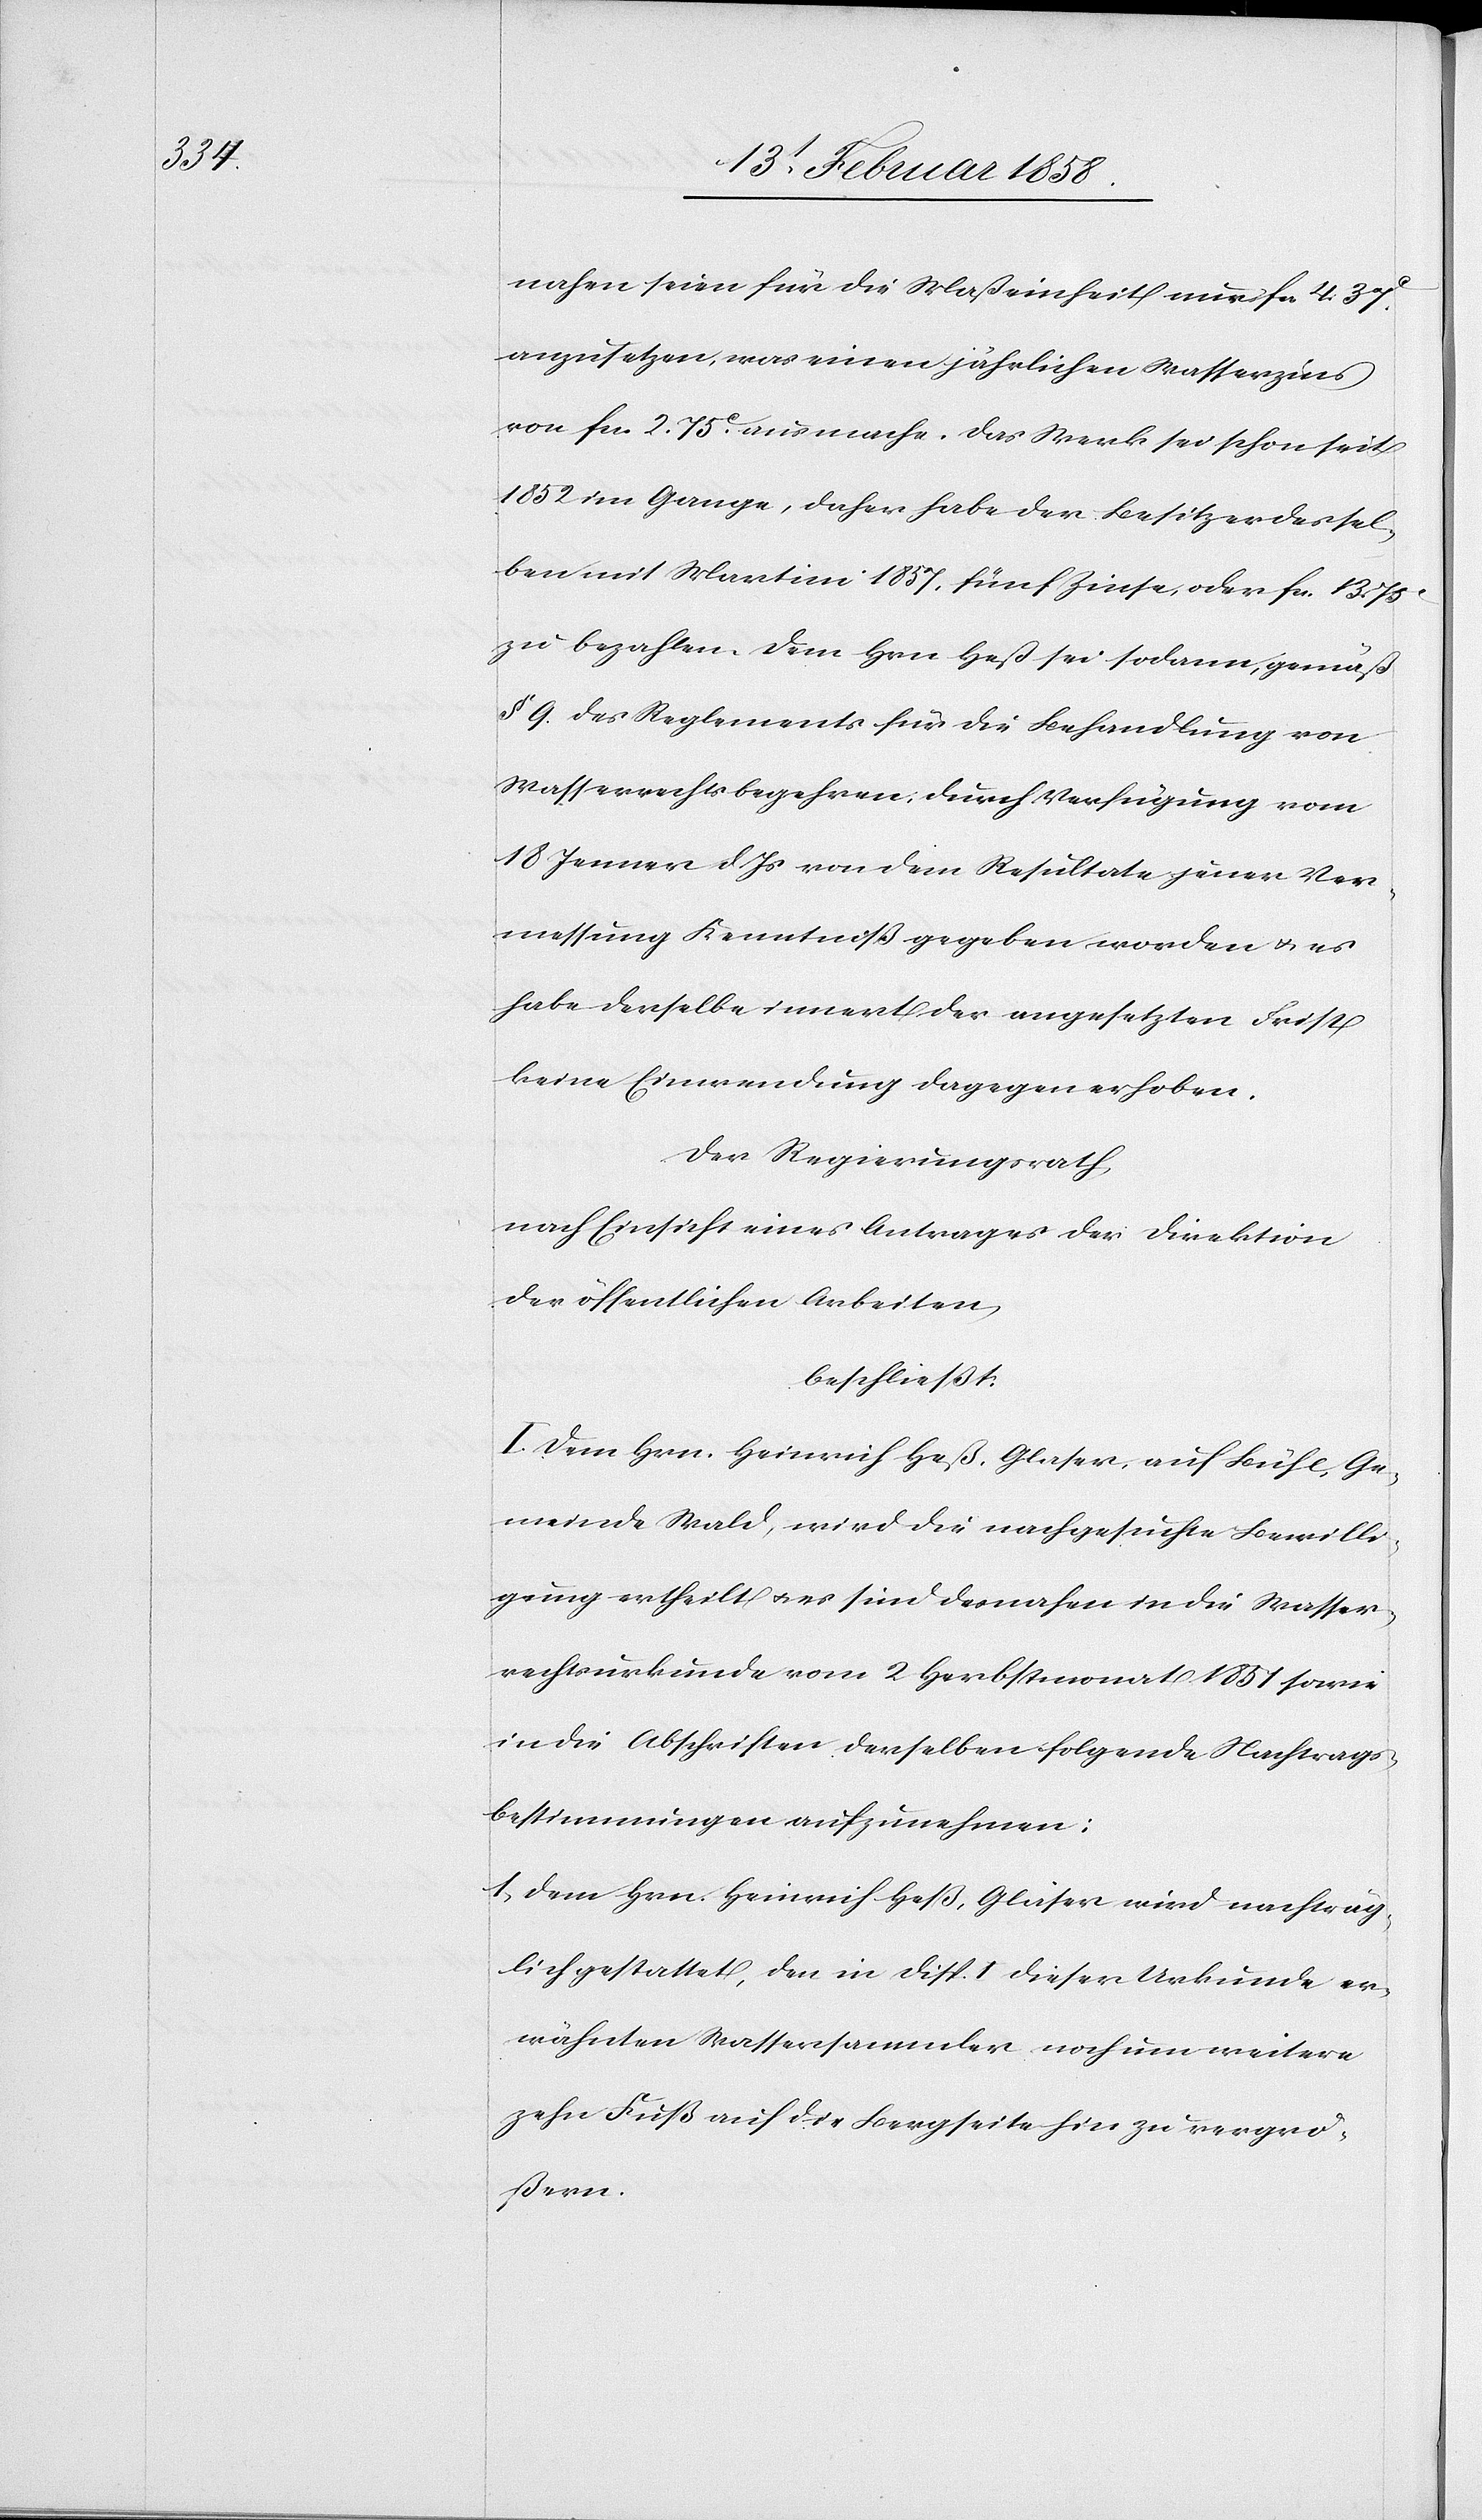
nahen seien für die Maßeinheit nur fcs. 4. 37
anzusetzen, was einen jährlichen Wasserzins
von fcs. 2. 75 c ausmache. Das Werk sei schon seit
1852 im Gange, daher habe der Besitzer dessel¬
ben mit Martini 1857, fünf Zinse, oder fcs. 13. 75
zu bezahlen. Dem Hrn. Heß sei sodann , gemäß
§ 9. des Reglements für die Behandlung von
Wasserrechtsbegehren, durch Verfügung vom
18 Jenner d. Js von dem Resultate jener Ver¬
messung Kenntniß gegeben worden u. es
habe derselbe innert der angesetzten Frist
keine Einwendung dagegen erhoben.
Der Regierungsrath,
nach Einsicht eines Antrages der Direktion
der öffentlichen Arbeiten,
beschließt:
I. Dem Hrn. Heinrich Heß, Glaser, auf Bühl, Ge¬
meinde Wald, wird die nachgesuchte Bewilli¬
gung ertheilt u. es sind desnahen in die Wasser¬
rechtsurkunde vom 2 Herbstmonat 1851 sowie
in die Abschriften derselben folgende Nachtrags¬
bestimmungen aufzunehmen:
1. Dem Hrn. Heinrich Heß, Glaser wird nachträg¬
lich gestattet, den in Disp. I dieser Urkunde er¬
wähnten Wassersammler noch um weitere
zehn Fuß auf die Bergseite hin zu vergrö¬
ßern.